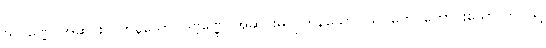
သုဝဏ္ဏေ၊ အဆင်းလှကုန်သော။ ဒုဗ္ဗဏ္ဏေ၊ အဆင်းမလှကုန်သော။ သုဂတေ၊ ကောင်းသော ဘဝသို့